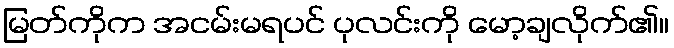
မြတ်ကိုက အငမ်းမရပင် ပုလင်းကို မော့ချလိုက်၏။